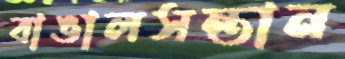
বাঙালসন্তান